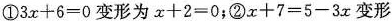
①$$3 x + 6 = 0$$变形为$$x + 2 = 0$$；②$$x + 7 = 5 - 3 x$$变形